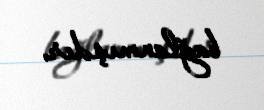
bağlanmışdır.